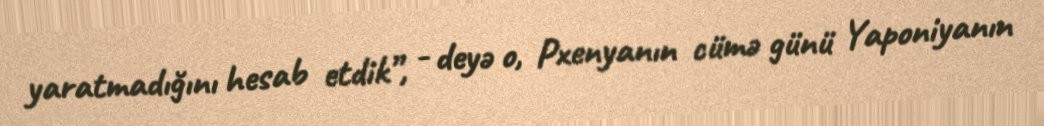
yaratmadığını hesab etdik”, - deyə o, Pxenyanın cümə günü Yaponiyanın